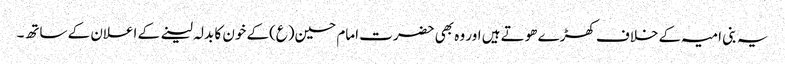
یہ بنی امیہ کے خلاف کھڑے ھوتے ہیں اور وہ بھی حضرت امام حسین(ع)کے خون کا بدلہ لینے کے اعلان کے ساتھ۔